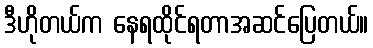
ဒီဟိုတယ်က နေရထိုင်ရတာအဆင်ပြေတယ်။